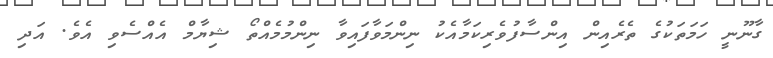
ގާނޫނީ ހަމަތަކުގެ ތެރެއިން އިންސާފުވެރިކަމާއެކު ނިންމަވާފައިވާ ނިންމުމެއްތޯ ޝިޔާމް އެއްސެވި އެވެ. އަދި